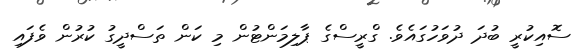
ސޮއިކުރީ ބުދަ ދުވަހުގައެވެ. ގްރީސްގެ ޕާލިމަންޓުން މި ކަން ތަސްދީގު ކުރުން ވެފައި